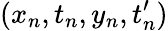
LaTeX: (x_{n},t_{n},y_{n},t_{n}^{\prime})